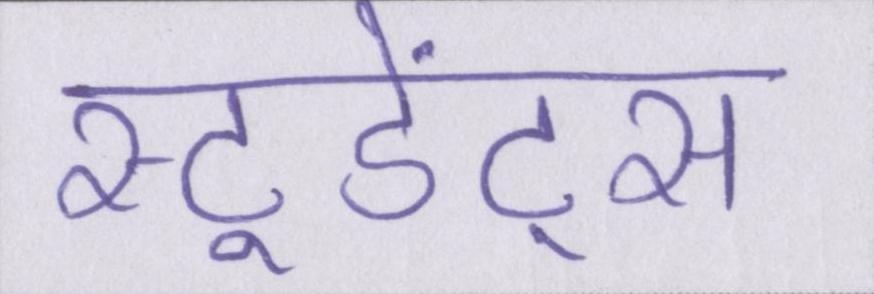
स्टूडेंट्स